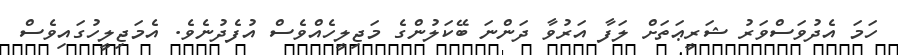
ހަމަ އެދުވަސްވަރު ޝަރީޢަތަށް ލަފާ އަރުވާ ދަންނަ ބޭކަލުންގެ މަޖިލީހެއްވެސް އުފެދުނެވެ. އެމަޖިލީހުގައިވެސް